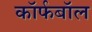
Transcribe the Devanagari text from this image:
कॉर्फबॉल